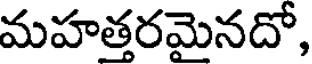
మహత్తరమైనదో,